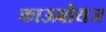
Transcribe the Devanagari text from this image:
काऊबोयज